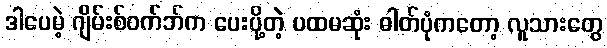
ဒါပေမဲ့ ဂျိမ်းစ်ဝက်ဘ်က ပေးပို့တဲ့ ပထမဆုံး ဓါတ်ပုံကတော့ လူသားတွေ